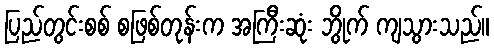
ပြည်တွင်းစစ် စဖြစ်တုန်းက အကြီးဆုံး ဘွိုက် ကျသွားသည်။